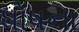
ધોષના